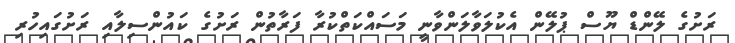
ރަށުގެ ލޭންޑް ޔޫސް ޕުލޭން އެކުލަވާލަންވާނީ މަސައްކަތްކުރާ ފަރާތުން ރަށުގެ ކައުންސިލާއި ރަށުގައިހުރި